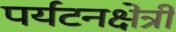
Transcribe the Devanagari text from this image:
पर्यटनक्षेत्री